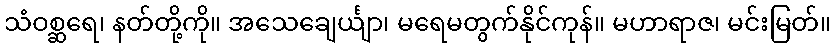
သံဝစ္ဆရေ၊ နတ်တို့ကို။ အသေချေင်္ယျာ၊ မရေမတွက်နိုင်ကုန်။ မဟာရာဇ၊ မင်းမြတ်။